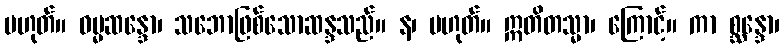
မဟုတ်။ ဓမ္မဆန္ဒော၊ သဘောဖြစ်သောဆန္ဒသည်။ န၊ မဟုတ်။ ဣတိတသ္မာ၊ ကြောင့်။ ကာ စ္ဆန္ဒော၊